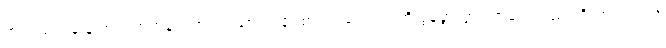
အလယ်တန်းနဲ့ အထက်တန်းကျောင်းသားတချို့ စာသင်ကျောင်းကို စွန့်ခွာသွားတာတွေလည်း ရှိလာတယ်လို့